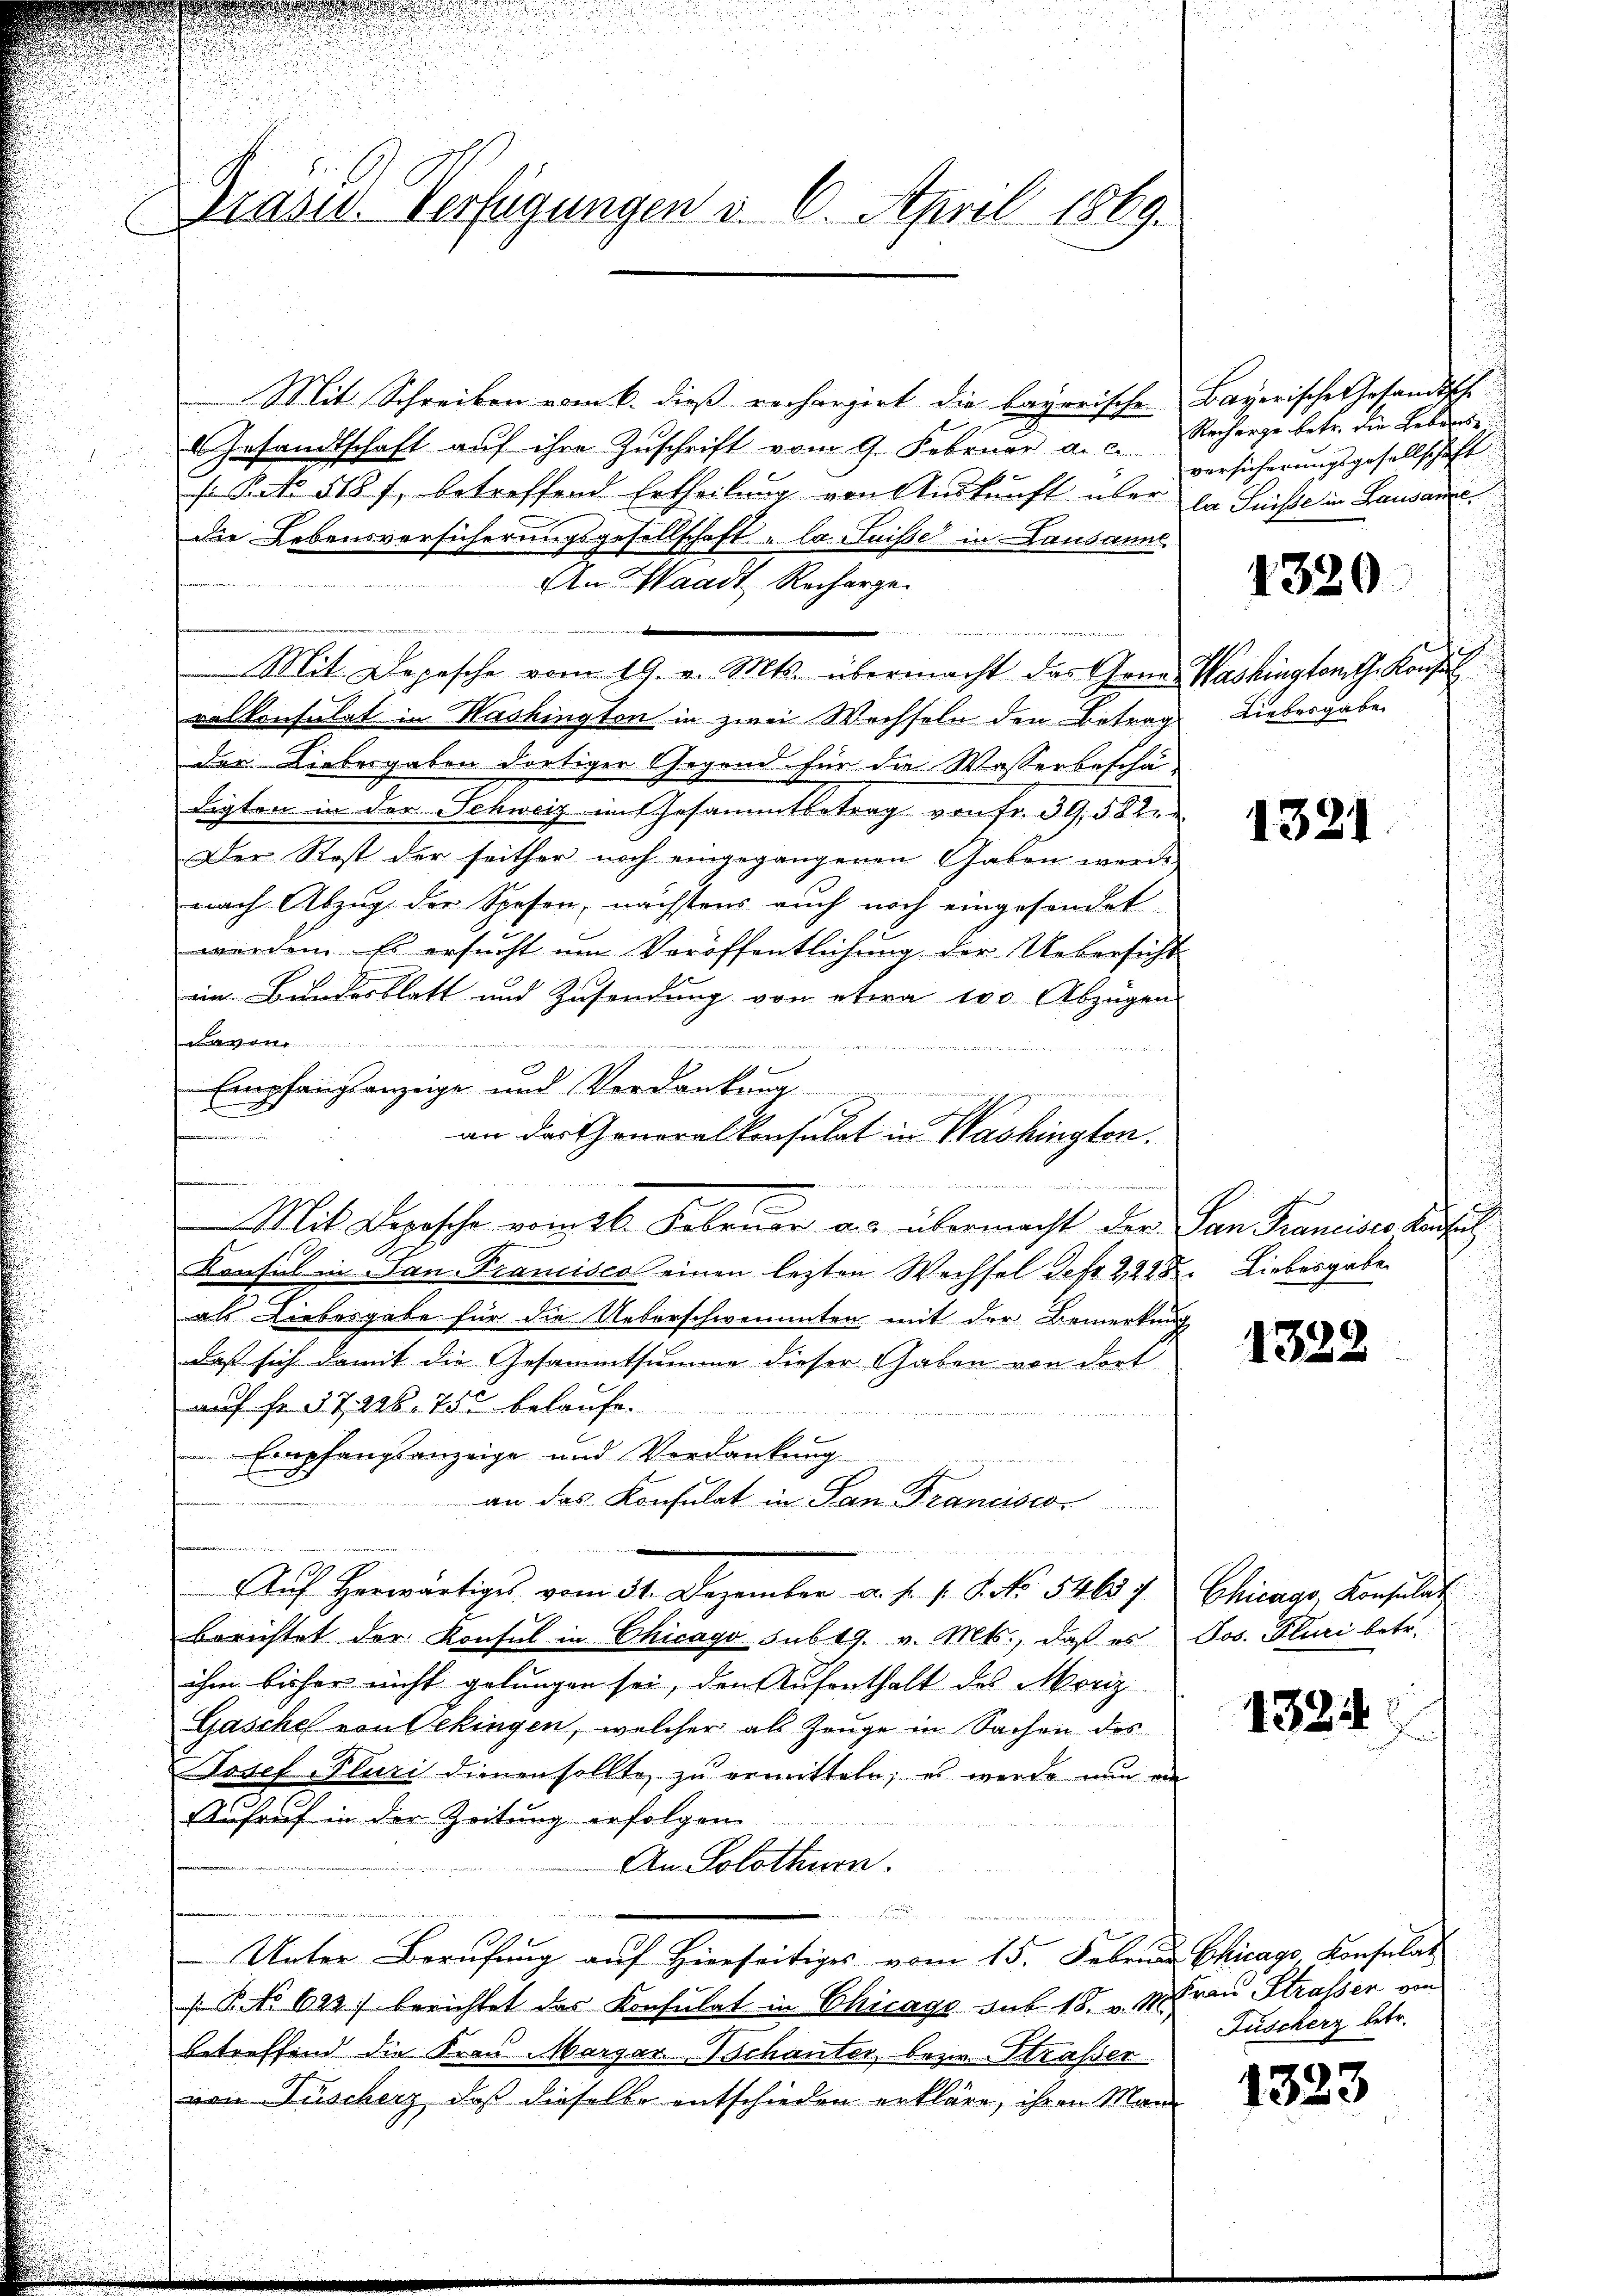
E

Gräuel Verfügungen d. 6. April 1869.

Mit Schreiben vom 6. dieß rechargirt die bayerische Bayerische Gesandtsche
Gesandtschaft auf ihre Zuschrift vom 9. Februar a. c.
s. Peto 518 f., betreffend Ertheilung von Auskunft über
die Lebensversicherungsgesellschaft la Suisse in Lausanne.
An Waadt Recharge.
Mit Depesche vom 19. v. Mts. übermacht das Genes Washington the Konsul
ralkonsulat in Washington in zwei Wechseln den Betrag Liebesgabe
der Liebesgaben dortiger Gegend für die Wasserbeschä-
digten in der Schweiz mit Gesammtbetrag von fr. 39, § 82.
Der Rost der seither noch eingegangenen Gaben werde
nach Abzug der Spesen, nächstens auch noch eingesendet
werden. Es ersucht um Veröffentlichung der Uebersicht
im Bundesblatt und Zusendung von etwa 100 Abzügen

m
Empfangsanzeige und Vordankung
e
an der Generalkonsulat in Washington.
Mit Depesche vom 16. Februar an übermacht der
Konsul in Ban-Francisco einen lezten Wechsel deft 2, 288. Liebesgabe
als Liebesgabe für die Ueberschwemmten mit der Bemerken
daß sich damit die Gesammtsumme dieser Gaben von dort
auf Fr. 57296. 755 belaufe.
Empfangsanzeige und Verdankung
n
an das Konsulat in San Francisco
i
 Aŭf erwärtige vom 31. Dezember a. f. 1. S. 5463 f
berichtet der Konsul in Chicago sub 19. v. Mts., daß es
ihm bisher nicht gelungen sei, den Aufenthalt des Moriz
Gasches von Oekingen, welcher als Zeuge in Sachen des
Josef Pluri dienen sollte zu ermitteln; es werde nun er
Aufruf in der Zeitung erfolgen
An Solothurn.

Unter Berufung auf Hierseitiges vom 15. Februar Chicago Konsulat
B. No 629. berichtet das Konsulat in Chicage des 18. v. M. Frau Strassen von
betreffend die Frau Margarschanter bezw. Strasser
von Fischerz, daß dieselbe entschieden erkläre, ihren Man

Recharge betr. die Lebers
versicherungsgesellschaft
la Suisse in Lausanne

1320.

u

1321

Pan Francises Aussich

1322

Chicago Konsulat
Jos. Pluri betr.

1324

Füscherz betr.

1323